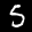
Label: 5